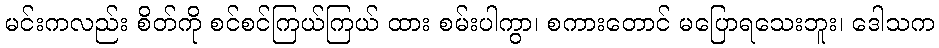
မင်းကလည်း စိတ်ကို စင်စင်ကြယ်ကြယ် ထား စမ်းပါကွာ၊ စကားတောင် မပြောရသေးဘူး၊ ဒေါသက